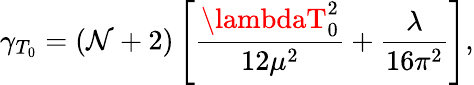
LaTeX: \gamma_{T_{0}}=(\mathcal{N}+2)\left[\frac{{\lambdaT_{0}^{2}}}{{12\mu^{2}}}+\frac{{\lambda}}{{16\pi^{2}}}\right],